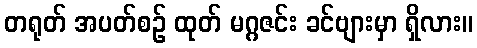
တရုတ် အပတ်စဉ် ထုတ် မဂ္ဂဇင်း ခင်ဗျားမှာ ရှိလား။